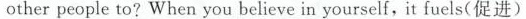
other people to?When you believe in yourself，it fuels(促进)